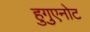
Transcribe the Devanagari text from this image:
हुगुएनोट